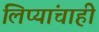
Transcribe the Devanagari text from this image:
लिप्यांचाही